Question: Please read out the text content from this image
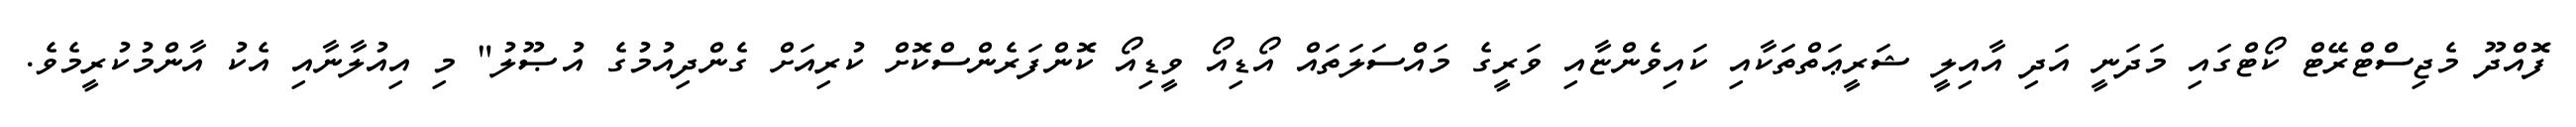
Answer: ފޮއްދޫ މެޖިސްޓްރޭޓް ކޯޓްގައި މަދަނީ އަދި އާއިލީ ޝަރީޢަތްތަކާއި ކައިވެންޏާއި ވަރީގެ މައްސަލަތައް އޯޑިއޯ ވީޑިއޯ ކޮންފަރެންސްކޮށް ކުރިއަށް ގެންދިއުމުގެ އުޞޫލު" މި އިއުލާނާއި އެކު އާންމުކުރީމެވެ.